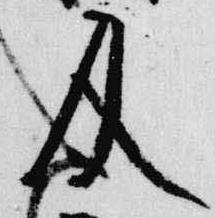
及